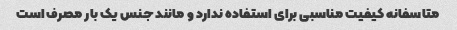
متاسفانه کیفیت مناسبی برای استفاده ندارد و مانند جنس یک بار مصرف است